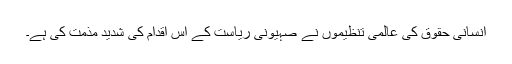
انسانی حقوق کی عالمی تنظیموں نے صہیونی ریاست کے اس اقدام کی شدید مذمت کی ہے۔